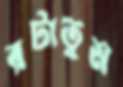
রটাতুম